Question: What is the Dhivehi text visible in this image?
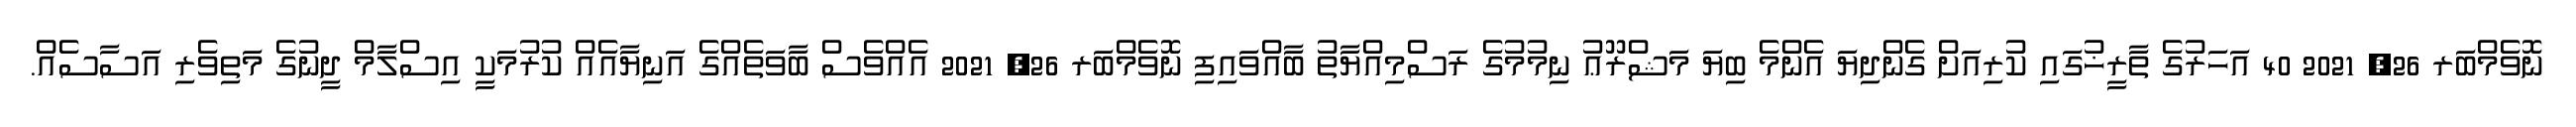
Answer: ނޮވެމްބަރ 26, 2021 40 އަހަރުގެ ތާރީޚުގައި ކުރިއަށް ގެންދިޔަ އެންމެ ބިޔަ މަޝްރޫޢު ނިމުމުގެ ރަސްމިއްޔާތު ބާއްވައިފި ނޮވެމްބަރ 26, 2021 އެއްވެސް ބާވަތެއްގެ އަނިޔާއެއް ކުރުމަކީ އިސްލާމް ދީނުގެ މަތިވެރި އަސާސެއް.